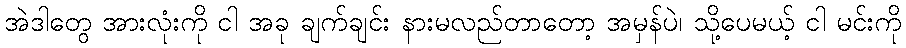
အဲဒါတွေ အားလုံးကို ငါ အခု ချက်ချင်း နားမလည်တာတော့ အမှန်ပဲ၊ သို့ပေမယ့် ငါ မင်းကို